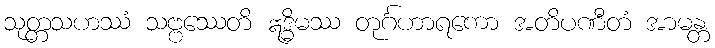
သုတ္တသဟဿံ သဗ္ဗဿေတိ ဣဒ္ဓိမဿ တုင်္ဂဟာရကော အတိပဏီတံ အာမန္တ